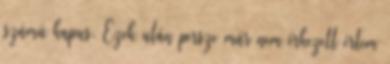
számú kapus. Ezek után persze már nem érkezett értem